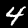
Label: 4